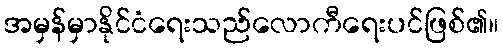
အမှန်မှာနိုင်ငံရေးသည်လောကီရေးပင်ဖြစ်၏။